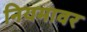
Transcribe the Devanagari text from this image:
नियमावर